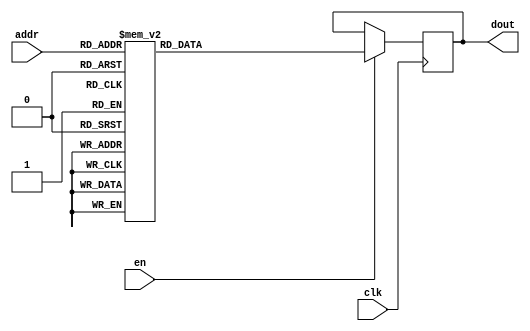
`timescale 1ns / 1ps
/*
Copyright
All right reserved.
Module Name: rom_syn
Author  : Zichuan Liu, Yixing Li and Wenye Liu.
Description:
A synthesized ROM: ROM_DEP x ROM_WID
*/
module DC_7_REF_ROM_6(
// inputs
clk,
en,
addr,
// outputs
dout
);
localparam ROM_WID = 14;
localparam ROM_DEP = 32;
localparam ROM_ADDR = 5;
// input definition
input clk;
input en;
input [ROM_ADDR-1:0] addr;
// output definition
output [ROM_WID-1:0] dout;
reg [ROM_WID-1:0] data;
always @(posedge clk)
begin
if (en) begin
case(addr)
		5'd0: data <= 14'b01000010011110;
		5'd1: data <= 14'b01001001111100;
		5'd2: data <= 14'b01001001110100;
		5'd3: data <= 14'b01001000100100;
		5'd4: data <= 14'b01001000111101;
		5'd5: data <= 14'b01001101111010;
		5'd6: data <= 14'b01001100111111;
		5'd7: data <= 14'b01000011110101;
		5'd8: data <= 14'b01001000110000;
		5'd9: data <= 14'b01001011001100;
		5'd10: data <= 14'b01000111000000;
		5'd11: data <= 14'b01000111011110;
		5'd12: data <= 14'b01001100011010;
		5'd13: data <= 14'b01000111101000;
		5'd14: data <= 14'b01001001111010;
		5'd15: data <= 14'b01000110000000;
		5'd16: data <= 14'b01001001111010;
		5'd17: data <= 14'b01001110001100;
		5'd18: data <= 14'b01001010001001;
		5'd19: data <= 14'b01001110000100;
		5'd20: data <= 14'b01000101100110;
		5'd21: data <= 14'b01001001010011;
		5'd22: data <= 14'b01001011111011;
		5'd23: data <= 14'b01001011101111;
		5'd24: data <= 14'b01001100010110;
		5'd25: data <= 14'b01001001011100;
		5'd26: data <= 14'b01000111100000;
		5'd27: data <= 14'b01001000011001;
		5'd28: data <= 14'b01001101000000;
		5'd29: data <= 14'b01000011011100;
		5'd30: data <= 14'b01001010010011;
		5'd31: data <= 14'b01000011111100;
		endcase
		end
	end
	assign dout = data;
endmodule